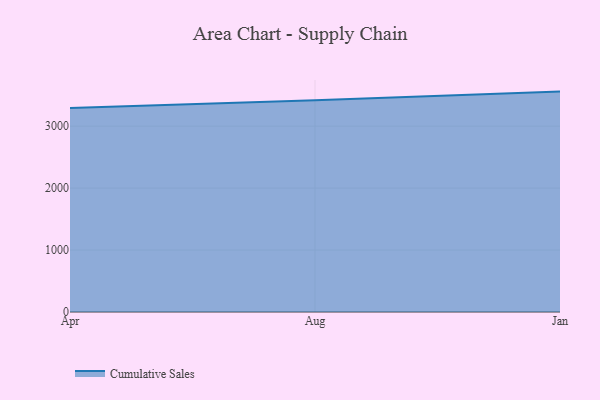
{"axis": {"x": "Month", "y": "Revenue (USD Million)"}, "legend": ["Cumulative Sales"], "data": [{"x": "Apr", "y": 3293.0, "type": "Cumulative Sales"}, {"x": "Aug", "y": 3417.9, "type": "Cumulative Sales"}, {"x": "Jan", "y": 3557.5, "type": "Cumulative Sales"}]}